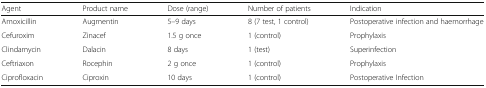
| Agent | Product name | Dose (range) | Number of patients | Indication |
 | --- | --- | --- | --- | --- |
 | Amoxicillin | Augmentin | 5–9 days | 8 (7 test, 1 control) | Postoperative infection and haemorrhage |
 | Cefuroxim | Zinacef | 1.5 g once | 1 (control) | Prophylaxis |
 | Clindamycin | Dalacin | 8 days | 1 (test) | Superinfection |
 | Ceftriaxon | Rocephin | 2 g once | 1 (control) | Prophylaxis |
 | Ciprofloxacin | Ciproxin | 10 days | 1 (control) | Postoperative Infection |